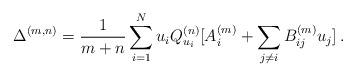
LaTeX: \begin{align*}\Delta^{(m,n)} = \frac{1}{m+n}\sum_{i=1}^N u_i Q^{(n)}_{u_i}[A^{(m)}_{i} + \sum_{j \neq i} B^{(m)}_{ij} u_j]\,.\end{align*}